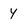
Character: 4